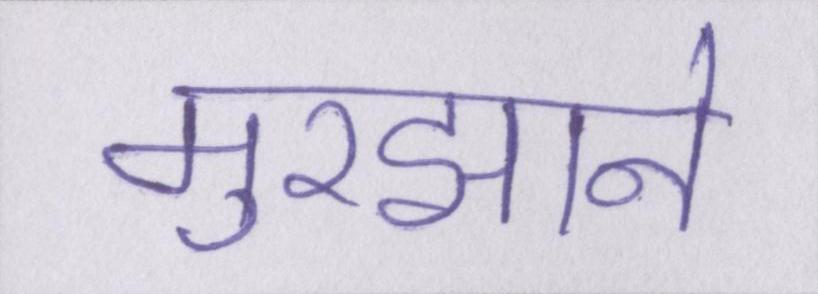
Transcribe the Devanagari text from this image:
मुरझाने